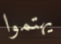
يهتموا